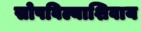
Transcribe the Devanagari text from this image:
सोपविल्याशिवाय